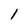
Character: 1